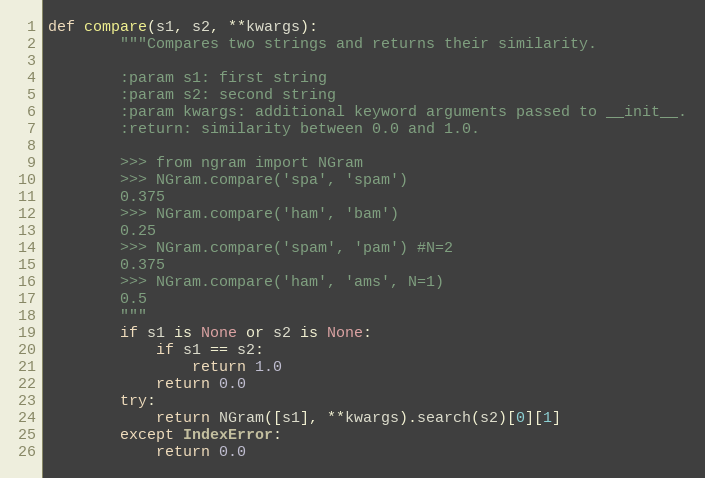
Language: Python
def compare(s1, s2, **kwargs):
        """Compares two strings and returns their similarity.

        :param s1: first string
        :param s2: second string
        :param kwargs: additional keyword arguments passed to __init__.
        :return: similarity between 0.0 and 1.0.

        >>> from ngram import NGram
        >>> NGram.compare('spa', 'spam')
        0.375
        >>> NGram.compare('ham', 'bam')
        0.25
        >>> NGram.compare('spam', 'pam') #N=2
        0.375
        >>> NGram.compare('ham', 'ams', N=1)
        0.5
        """
        if s1 is None or s2 is None:
            if s1 == s2:
                return 1.0
            return 0.0
        try:
            return NGram([s1], **kwargs).search(s2)[0][1]
        except IndexError:
            return 0.0